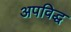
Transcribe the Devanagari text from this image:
अपविद्ध